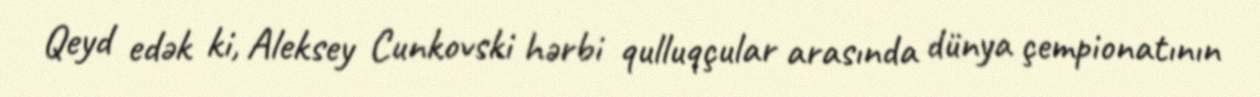
Qeyd edək ki, Aleksey Cunkovski hərbi qulluqçular arasında dünya çempionatının